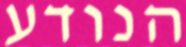
הנודע